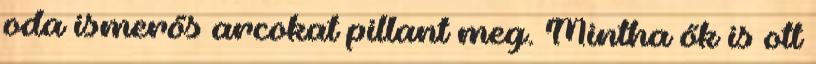
oda ismerős arcokat pillant meg. Mintha ők is ott